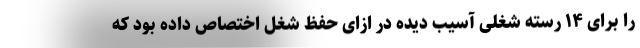
را برای ۱۴ رسته شغلی آسیب دیده در ازای حفظ شغل اختصاص داده بود که